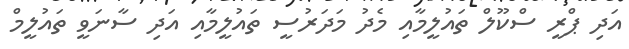
އަދި ޕްރީ ސްކޫލް ތައުލީމާއި މެދު މަދަރުސީ ތައުލީމާއި އަދި ސާނަވީ ތައުލީމް